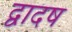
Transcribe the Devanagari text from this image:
द्वादष